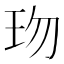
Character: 𤤅